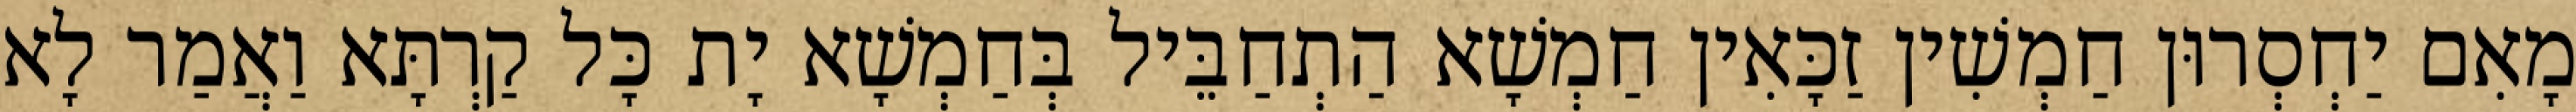
מָאִם יַחְסְרוּן חַמְשִׁין זַכָּאִין חַמְשָׁא הַתְחַבֵּיל בְּחַמְשָׁא יָת כָּל קַרְתָּא וַאֲמַר לָא